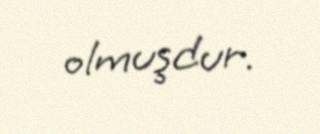
olmuşdur.